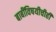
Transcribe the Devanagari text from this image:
बाबींविषयीचीही